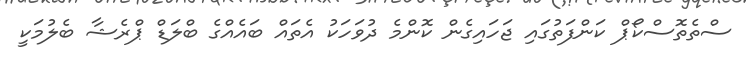
ސްތެތޮސްކޯޕް ކަންފަތުގައި ޖަހައިގެން ކޮންމެ ދުވަހަކު އެތައް ބައެއްގެ ބްލަޑް ޕްރެޝާ ބެލުމަކީ